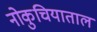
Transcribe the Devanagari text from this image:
नोकुचियाताल